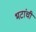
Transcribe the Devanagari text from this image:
भटांची